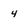
Character: 4